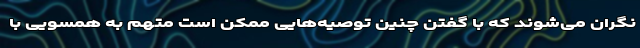
نگران می‌شوند که با گفتن چنین توصیه‌هایی ممکن است متهم به همسویی با